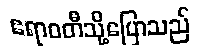
ဧရာဝတီသို့ပြောသည်